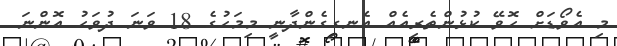
މި އެވޯޑަށް ހޮވޭ ކުޅުންތެރިއެއް އެނގިގެންދާނީ މިމަހުގެ 18 ވަނަ ދުވަހު އޮންނަ